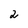
Character: 2